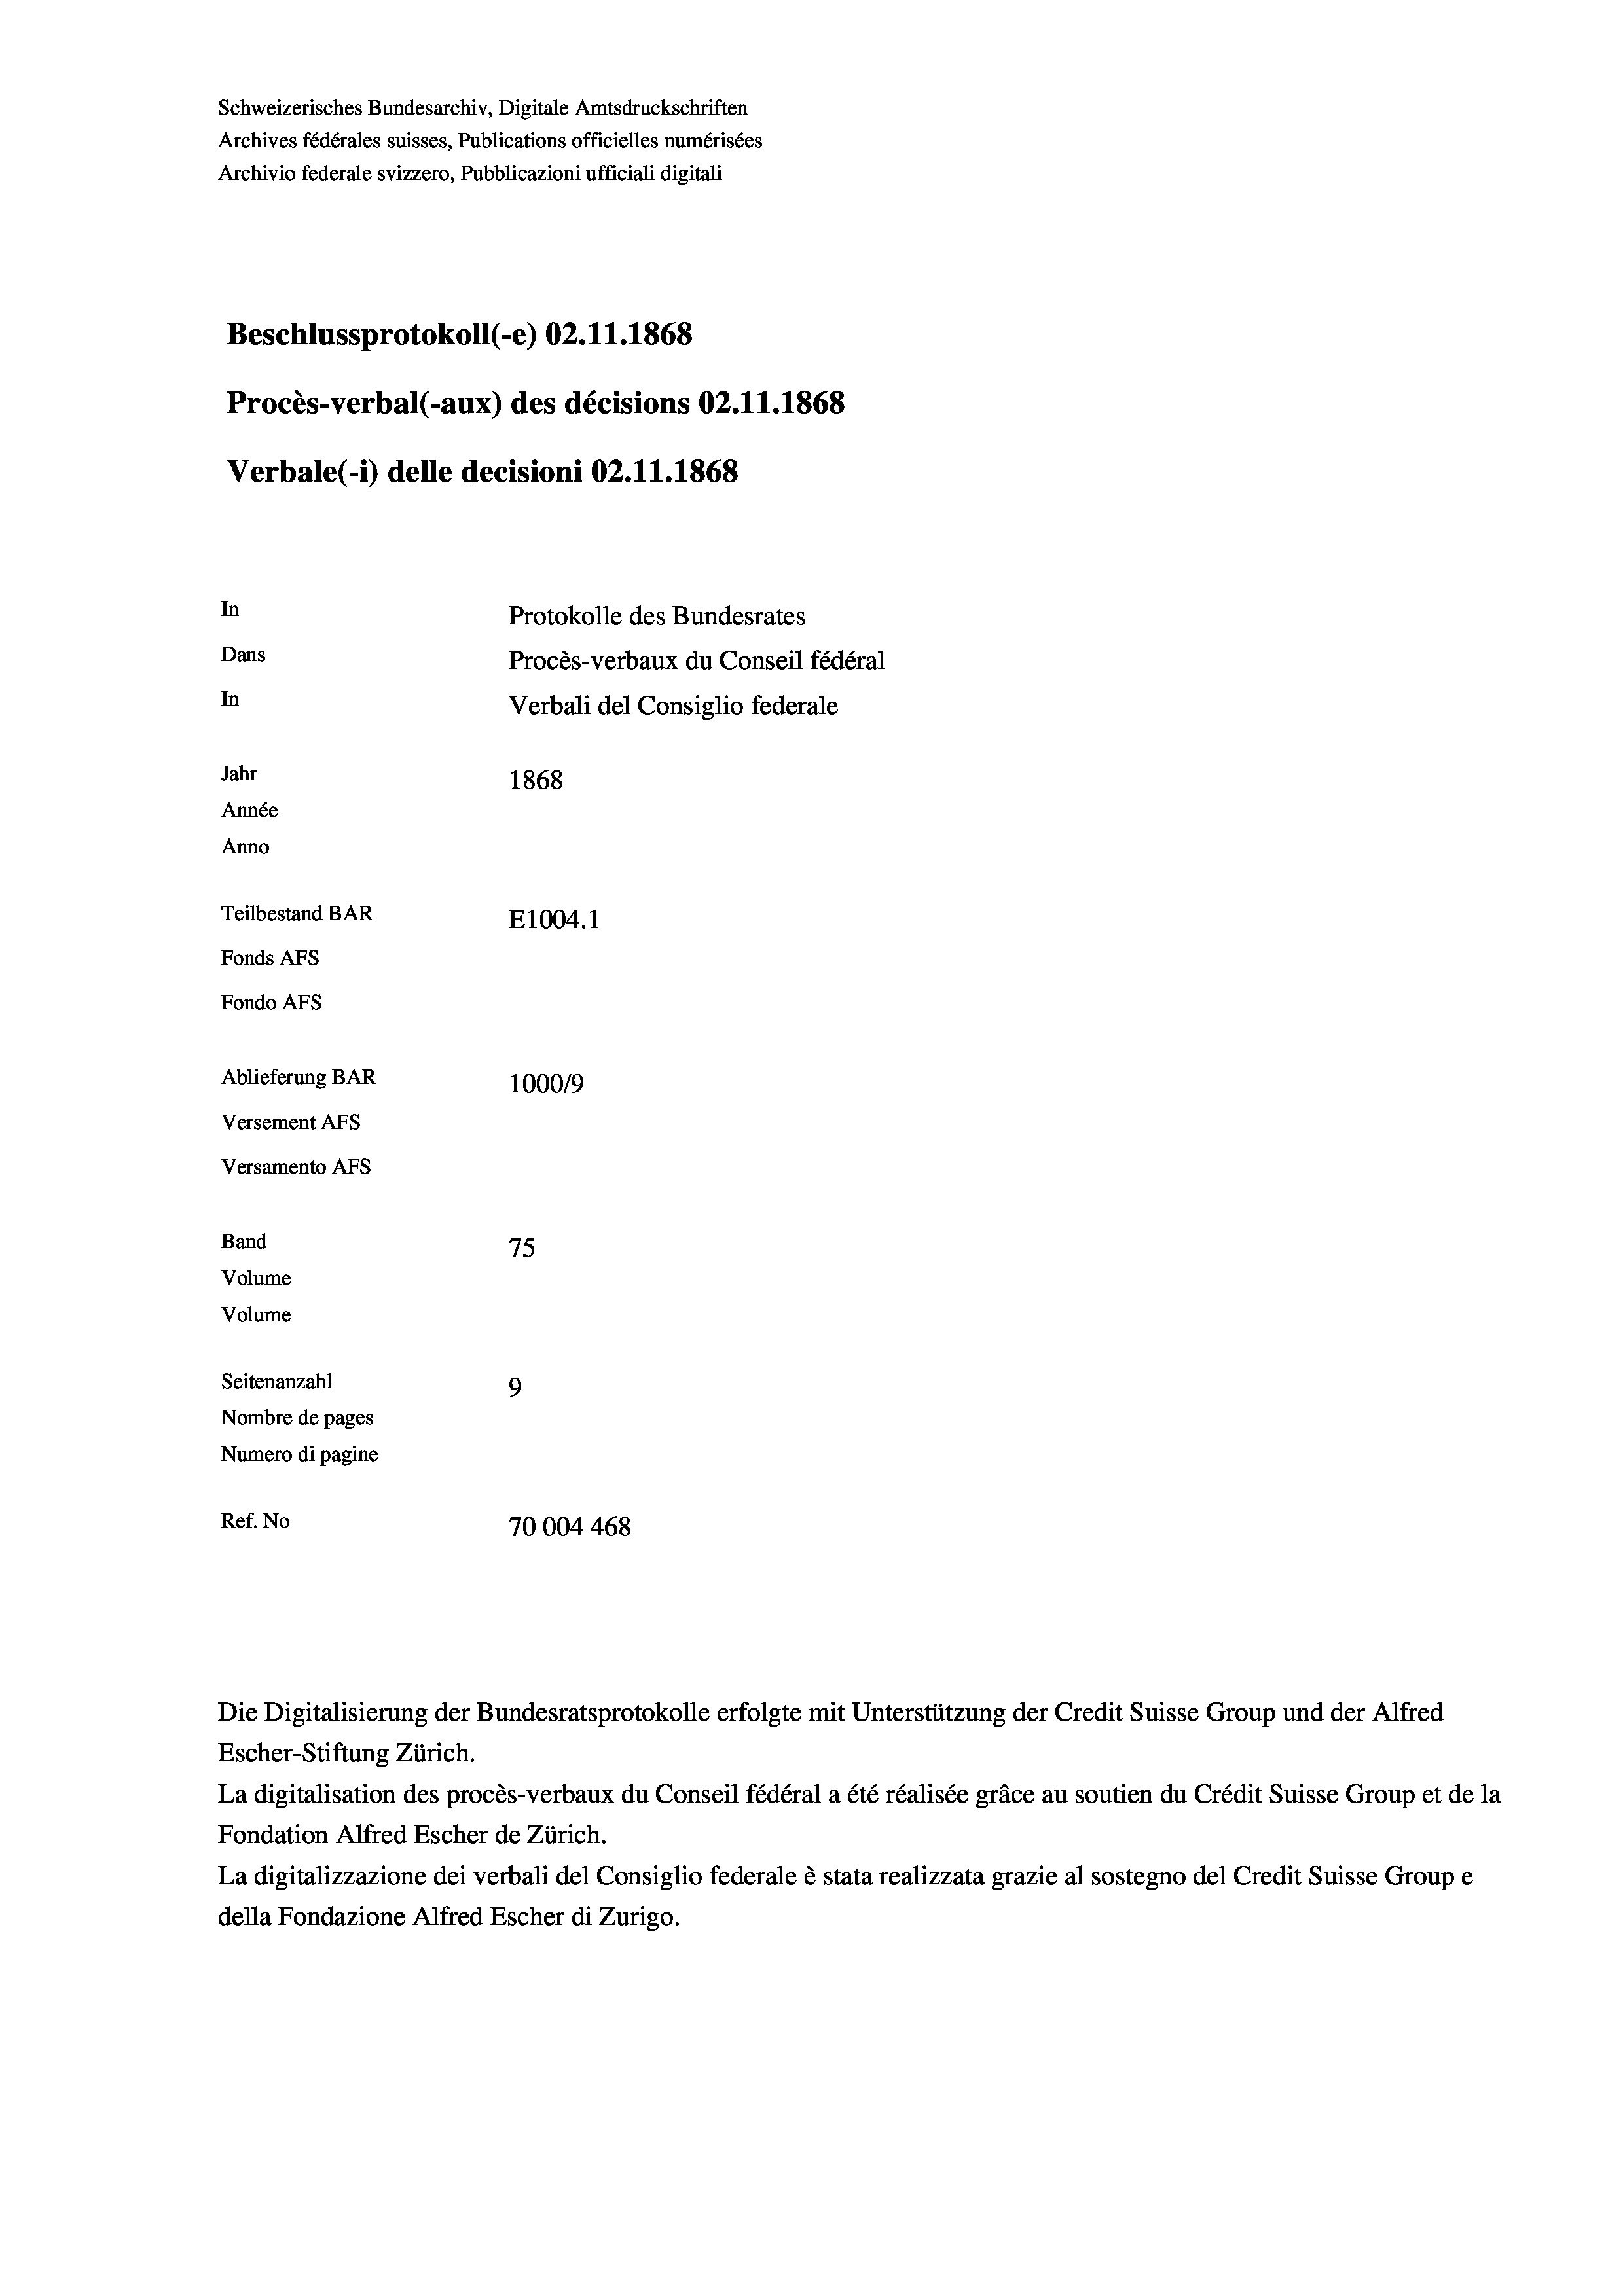
Schweizerisches Bundesarchiv, Digitale Amtsdruckschriften
Archives fédérales suisses, Publications officielles numérisées
Archivio federale svizzero, Pubblicazioni ufficiali digitali
Beschlussprotokoll (-e) 02.11.1868
Procès-verbal (-aux) des décisions 02.11.1868
Verbale (1) delle decisioni 02.11.1868
In
Protokolle des Bundesrates
Dans
Procès-verbaux du Conseil fédéral
In
Verbali del Consiglio federale
Jahr
1868
Année
Anno
Teilbestand BAR
E1004.1
Fonds Afs
Fondo AFs
Ablieferung BAR
1000/9
Versement AFS
Versamento Afs
Band
75
Volume
Volume
Seitenanzahl
9
Nombre de pages
Numero di pagine
Ref. No
70004 468

Die Digitalisierung der Bundesratsprotokolle erfolgte mit Unterstützung der Credit Suisse Group und der Alfred
Escher-Stiftung Zürich.
La digitalisation des procès-verbaux du Conseil fédéral a été réalisée gräce au soutien du Crédit Suisse Group et de la
Fondation Alfred Escher de Zürich.
La digitalizzazione dei verbali del Consiglio federale è stata realizzata grazie al sostegno del Credit Suisse Groupe
della Fondazione Alfred Escher di Zurigo.